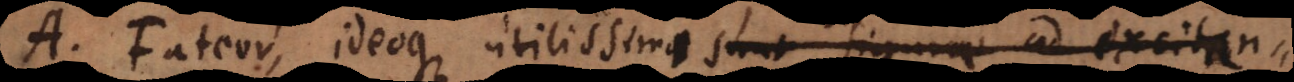
A. Fateor, ideoque utilissimae sunt figurae ad excitan